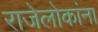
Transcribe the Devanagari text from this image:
राजेलोकांना